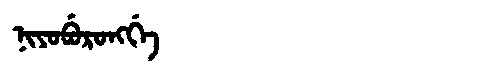
Manchu: ᠨᡳᠶᠣᠪᡠᡵᠣᠩᡤᡝ
Romanization: NIYOBURONGGE